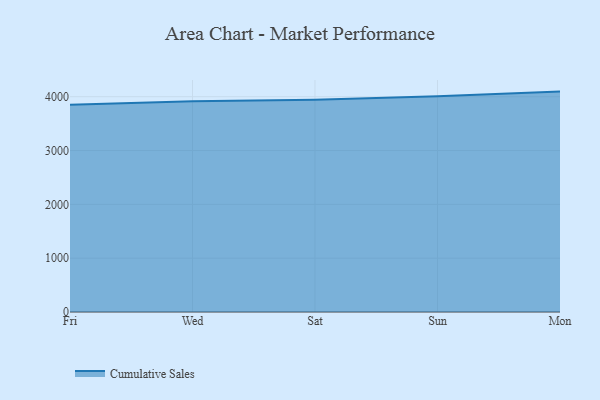
{"axis": {"x": "Day", "y": "Latency (ms)"}, "legend": ["Cumulative Sales"], "data": [{"x": "Fri", "y": 3849.8, "type": "Cumulative Sales"}, {"x": "Wed", "y": 3915.2, "type": "Cumulative Sales"}, {"x": "Sat", "y": 3941.3, "type": "Cumulative Sales"}, {"x": "Sun", "y": 4009.6, "type": "Cumulative Sales"}, {"x": "Mon", "y": 4095.0, "type": "Cumulative Sales"}]}